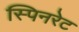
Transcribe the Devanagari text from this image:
स्पिनरेट